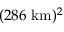
( 2 8 6 ~ \mathrm { k m } ) ^ { 2 }